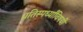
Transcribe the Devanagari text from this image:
प्रतिस्पर्ध्यांविषयी